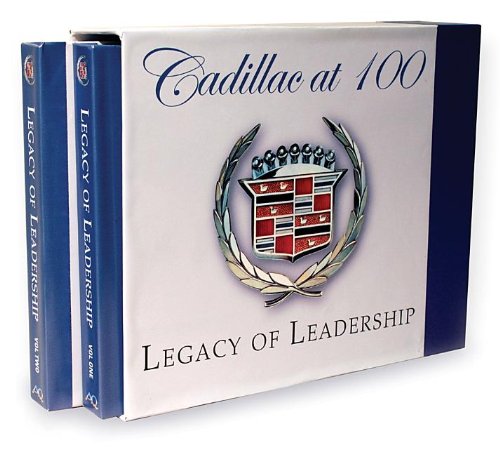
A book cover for Cadillac at 100 Legacy of Leadership; Maurice D. Hendry; Engineering & Transportation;